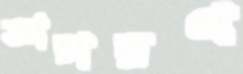
আচারণ